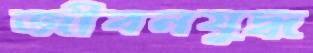
জীবনযুদ্ধ